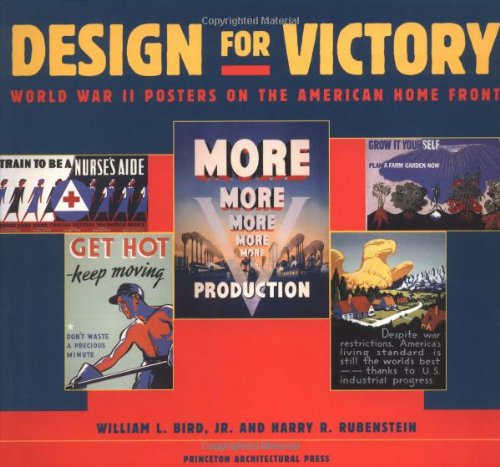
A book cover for Design for Victory: World War II Poster on the American Home Front; William L. Bird; Crafts, Hobbies & Home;